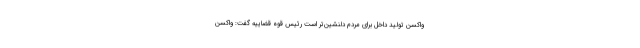
واکسن تولید داخل برای مردم دلنشین‌تر است رئیس قوه قضاییه گفت: واکسن